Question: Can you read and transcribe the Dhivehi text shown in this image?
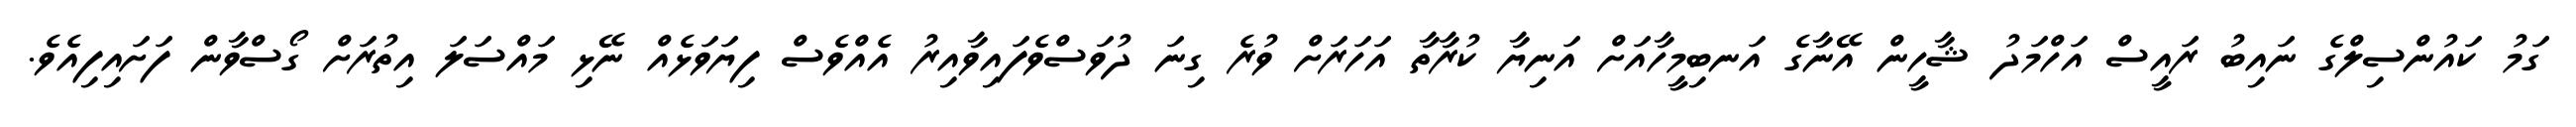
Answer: ގަމު ކައުންސިލްގެ ނައިބު ރައީސް އަހްމަދު ޝާހީން އޭނާގެ އަނބިމީހާއަށް އަނިޔާ ކުރާތާ އަހަރަށް ވުރެ ގިނަ ދުވަސްވެފައިވާއިރު އެއްވެސް ފިޔަވަޅެއް ނޭޅި މައްސަލަ އިތުރަށް ގޯސްވާން ފަށައިފިއެވެ.